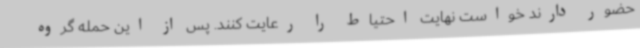
حضور دارند خواست نهایت احتیاط را رعایت کنند. پس از این حمله گروه